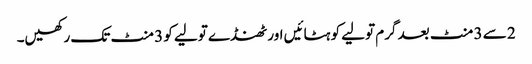
2 سے 3 منٹ بعد گرم تولیے کو ہٹائیں اور ٹھنڈے تولیے کو 3 منٹ تک رکھیں۔